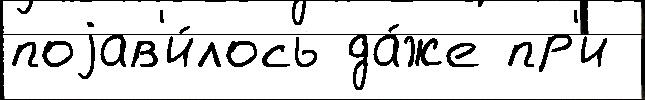
поjав'и́лось да́же пр'и